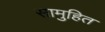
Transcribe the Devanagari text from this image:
सामुहित